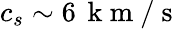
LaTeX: c_{s}\sim 6\, {\mathrm{~k~m~}}/{\mathrm{~s~}}